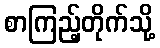
စာကြည့်တိုက်သို့